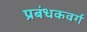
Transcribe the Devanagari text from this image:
प्रबंधकवर्ग